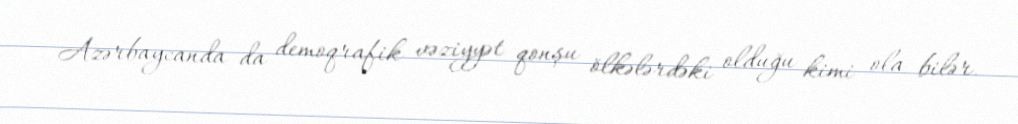
Azərbaycanda da demoqrafik vəziyyət qonşu ölkələrdəki olduğu kimi ola bilər.